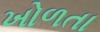
ખોળતા